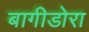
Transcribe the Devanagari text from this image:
बागीडोरा